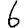
Digit: 6